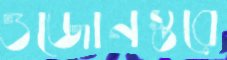
ওজোনস্তরে